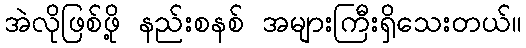
အဲလိုဖြစ်ဖို့ နည်းစနစ် အများကြီးရှိသေးတယ်။